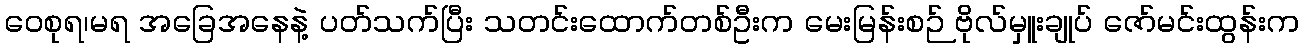
ဝေစုရ၊မရ အခြေအနေနဲ့ ပတ်သက်ပြီး သတင်းထောက်တစ်ဦးက မေးမြန်းစဉ် ဗိုလ်မှူးချုပ် ဇော်မင်းထွန်းက